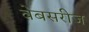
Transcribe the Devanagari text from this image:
वेबसरीज